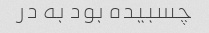
چسبیده بود به در